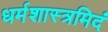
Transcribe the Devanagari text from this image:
धर्मशास्त्रमिदं